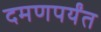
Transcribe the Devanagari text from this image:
दमणपर्यंत